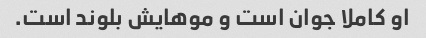
او کاملا جوان است و موهایش بلوند است.